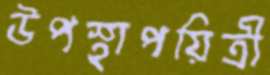
উপস্থাপয়িত্রী